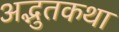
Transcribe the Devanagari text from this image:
अद्भुतकथा